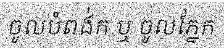
ចូលបំពង់ក ឬ ចូលភ្នែក